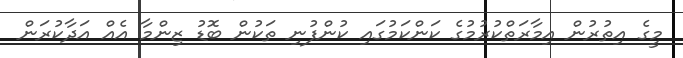
މީގެ އިތުރުން އިމާރަތްކުރުމުގެ ކަންކަމުގައި ކުންފުނި ތަކުން ބޮޑު ޒިންމާ އެއް އަދާކުރަން